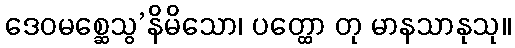
ဒေဝမစ္ဆေသွ’နိမိသော၊ ပတ္ထော တု မာနသာနုသု။